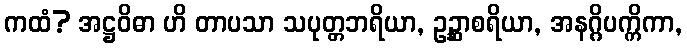
ကထံ? အဋ္ဌဝိဓာ ဟိ တာပသာ သပုတ္တဘရိယာ, ဥဉ္ဆာစရိယာ, အနဂ္ဂိပက္ကိကာ,